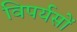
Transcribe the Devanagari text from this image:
विपर्यसों